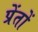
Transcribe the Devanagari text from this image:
प्रेंतों